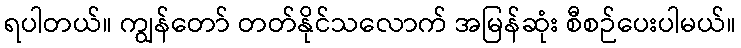
ရပါတယ်။ ကျွန်တော် တတ်နိုင်သလောက် အမြန်ဆုံး စီစဉ်ပေးပါမယ်။